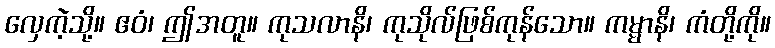
လှေကဲ့သို့။ ဧဝံ၊ ဤအတူ။ ကုသလာနိ၊ ကုသိုလ်ဖြစ်ကုန်သော။ ကမ္မာနိ၊ ကံတို့ကို။